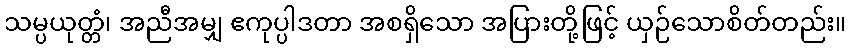
သမ္ပယုတ္တံ၊ အညီအမျှ ဧကုပ္ပါဒတာ အစရှိသော အပြားတို့ဖြင့် ယှဉ်သောစိတ်တည်း။